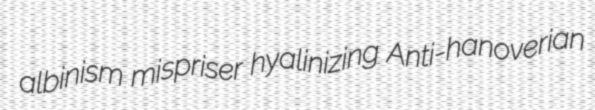
albinism mispriser hyalinizing Anti-hanoverian